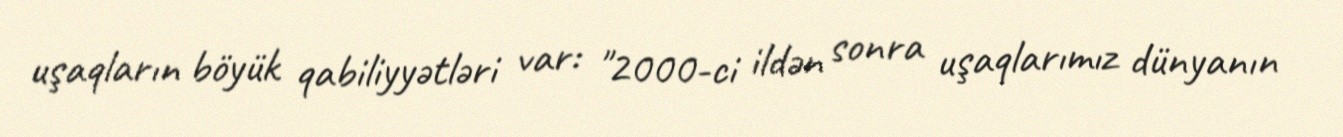
uşaqların böyük qabiliyyətləri var: "2000-ci ildən sonra uşaqlarımız dünyanın